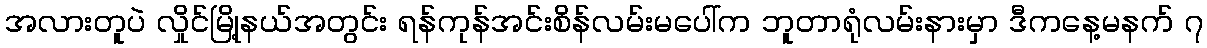
အလားတူပဲ လှိုင်မြို့နယ်အတွင်း ရန်ကုန်အင်းစိန်လမ်းမပေါ်က ဘူတာရုံလမ်းနားမှာ ဒီကနေ့မနက် ၇